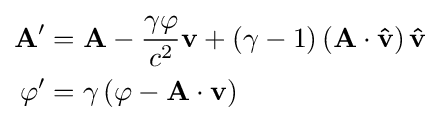
{\begin{aligned}\mathbf {A} '&=\mathbf {A} -{\frac {\gamma \varphi }{c^{2}}}\mathbf {v} +\left(\gamma -1\right)\left(\mathbf {A} \cdot \mathbf {\hat {v}} \right)\mathbf {\hat {v}} \\\varphi '&=\gamma \left(\varphi -\mathbf {A} \cdot \mathbf {v} \right)\end{aligned}}